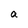
Character: a